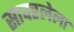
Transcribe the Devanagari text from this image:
सावरलेला